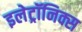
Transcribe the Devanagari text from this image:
इलेट्रॉनिक्स